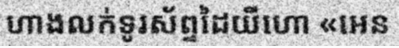
ហាងលក់ទូរស័ព្ទដៃយីហោ «អេន